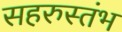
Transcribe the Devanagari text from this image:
सहरुस्तंभ